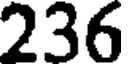
236